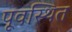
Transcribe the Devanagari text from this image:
पूवस्थित